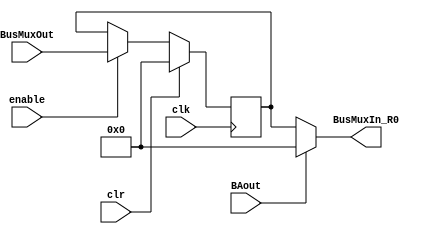
module register_R0(
    input wire clk,     // Clock input
    input wire clr,     // Clear input (synchronous reset)
    input wire enable,  // Enable input
    input wire BAout,   // Control signal to output zeros
    input [31:0] BusMuxOut,// Data input
    output wire [31:0] BusMuxIn_R0// Data output
);
reg [31:0]q;
initial q = 32'b0;
// Synchronous reset, data load on rising edge of clock
always @(posedge clk) begin
    if (clr) begin
        q <= 32'b0; // Clear the register if clr is high
    end else if (enable) begin
        q <= BusMuxOut; // Load the data into the register if enabled
    end
end

// Output zero when BAout is asserted
assign BusMuxIn_R0 = (BAout==1) ? 32'b0 : q;

endmodule